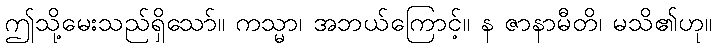
ဤသို့မေးသည်ရှိသော်။ ကသ္မာ၊ အဘယ်ကြောင့်။ န ဇာနာမီတိ၊ မသိ၏ဟု။